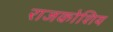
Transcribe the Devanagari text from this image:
राजकोशिय